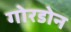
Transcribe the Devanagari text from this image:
गोरडोन